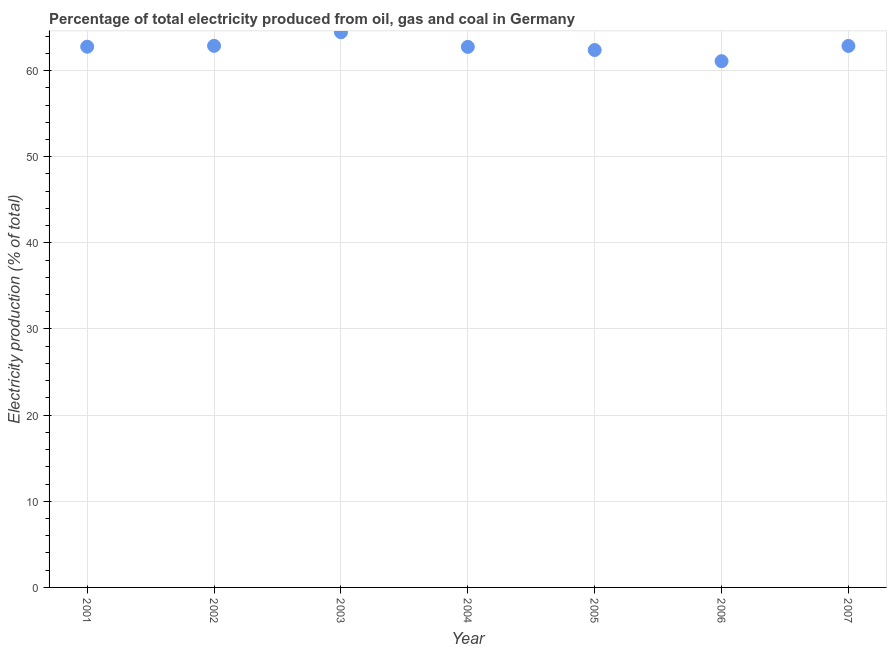
| Year | Electricity production |
 | --- | --- |
 | 2001 | 62.8 |
 | 2002 | 62.9 |
 | 2003 | 64.4 |
 | 2004 | 62.7 |
 | 2005 | 62.4 |
 | 2006 | 61.1 |
 | 2007 | 62.9 |